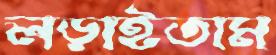
লড়াইতাম